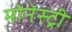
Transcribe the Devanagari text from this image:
मोनेस्‍ट्री